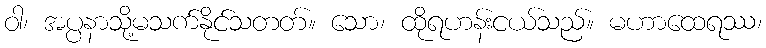
ဝါ၊ အပ္ပနာသို့မသက်နိုင်သတတ်။ သော၊ ထိုရဟန်းငယ်သည်။ မဟာထေရဿ၊